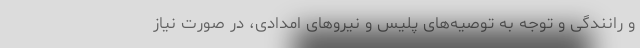
و رانندگی و توجه به توصیه‌های پلیس و نیرو‌های امدادی، در صورت نیاز